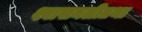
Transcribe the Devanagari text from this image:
श्वासनलीतथा